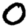
Digit: 0